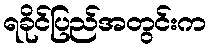
ရခိုင်ပြည်အတွင်းက